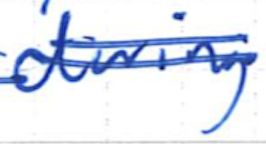
Text: during
Cross-out: double-line
Writing tool: ballpoint